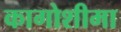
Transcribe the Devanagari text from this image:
कागोशीमा